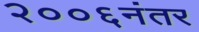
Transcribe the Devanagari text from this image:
२००६नंतर